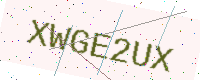
Text: XWGE2UX